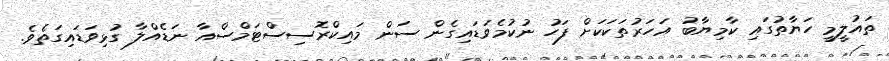
ތައުލީމީ ހަޔާތުގައި ކާމިޔާބު އަހަރުތަކަކަށް ފަހު ނުކުމެވަޑައިގެން ސަން މައިކްރޮސިސްޓަމްސްއާ ނަޑެއްލާ ގުޅިވަޑައިގަތެވެ.